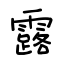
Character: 露